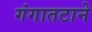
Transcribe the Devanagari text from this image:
गंगातटाने